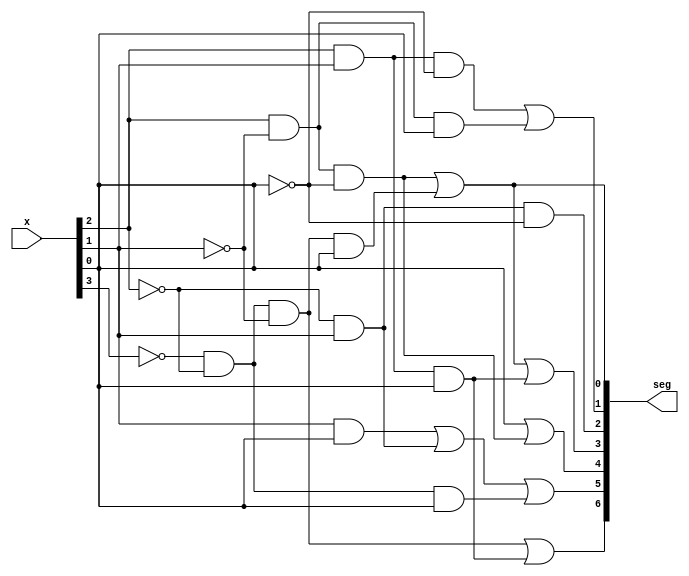
`timescale 1ns / 1ps
//////////////////////////////////////////////////////////////////////////////////
// Company: 
// Engineer: 
// 
// Design Name: 
// Module Name: bcd2led
// Project Name: 
// Target Devices: 
// Tool Versions: 
// Description: 
// 
// Dependencies: 
// 
// Revision:
// Revision 0.01 - File Created
// Additional Comments:
// 
//////////////////////////////////////////////////////////////////////////////////


module bcd2led(
    input [3:0] x,
    output [6:0] seg
    );    
    assign seg[6] = (!x[3]&&!x[2]&&!x[1]) || (x[2]&&x[1]&&x[0]);
    assign seg[5] = (x[1]&&x[0]) || (!x[2]&&x[1]) || (!x[3]&&!x[2]&&x[0]);
    assign seg[4] = (x[0]) || (x[2]&&!x[1]&&!x[0]);
    assign seg[3] = (x[2]&&!x[1]&&!x[0]) || (!x[3]&&!x[2]&&!x[1]&&x[0]) || (x[2]&&x[1]&&x[0]);
    assign seg[2] = (!x[2]&&x[1]&&!x[0]);
    assign seg[1] = (x[2]&&x[1]&&!x[0]) || (x[2]&&!x[1]&&x[0]); 
    assign seg[0] = (x[2]&&!x[1]&&!x[0]) || (!x[3]&&!x[2]&&!x[1]&&x[0]);     
endmodule